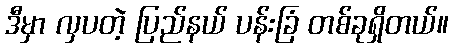
ဒီမှာ လှပတဲ့ ပြည်နယ် ပန်းခြံ တစ်ခုရှိတယ်။